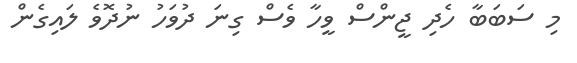
މި ސަބަބާ ހެދި ޖީންސް ވީހާ ވެސް ގިނަ ދުވަހު ނުދޮވެ ލައިގެން